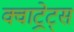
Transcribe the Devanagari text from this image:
क्वाट्रेट्स